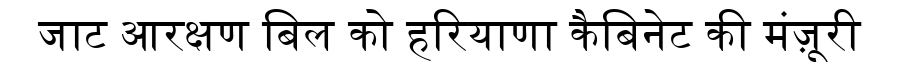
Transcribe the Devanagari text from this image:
जाट आरक्षण बिल को हरियाणा कैबिनेट की मंज़ूरी